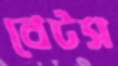
বেটস